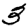
Digit: 3